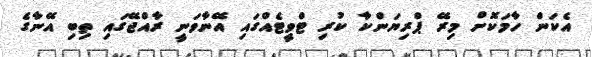
އެކަން ހާމަކޮށް މިރޭ ޕްރިޔަންކާ ކުރި ޓްވީޓެއްގައި އޭނާވަނީ ރާއްޖޭގައި ތިބި އޭނާގެ